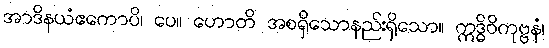
အာဒိနယံဧကောပိ၊ ပေ။ ဟောတိ အစရှိသောနည်းရှိသော။ ဣဒ္ဓိဝိကုဗ္ဗနံ၊